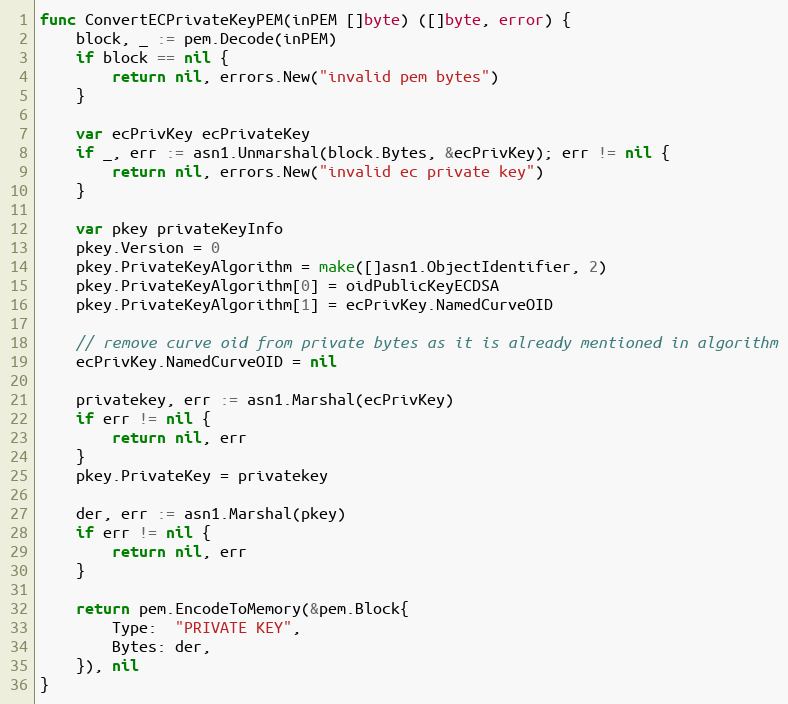
Language: Go
func ConvertECPrivateKeyPEM(inPEM []byte) ([]byte, error) {
	block, _ := pem.Decode(inPEM)
	if block == nil {
		return nil, errors.New("invalid pem bytes")
	}

	var ecPrivKey ecPrivateKey
	if _, err := asn1.Unmarshal(block.Bytes, &ecPrivKey); err != nil {
		return nil, errors.New("invalid ec private key")
	}

	var pkey privateKeyInfo
	pkey.Version = 0
	pkey.PrivateKeyAlgorithm = make([]asn1.ObjectIdentifier, 2)
	pkey.PrivateKeyAlgorithm[0] = oidPublicKeyECDSA
	pkey.PrivateKeyAlgorithm[1] = ecPrivKey.NamedCurveOID

	// remove curve oid from private bytes as it is already mentioned in algorithm
	ecPrivKey.NamedCurveOID = nil

	privatekey, err := asn1.Marshal(ecPrivKey)
	if err != nil {
		return nil, err
	}
	pkey.PrivateKey = privatekey

	der, err := asn1.Marshal(pkey)
	if err != nil {
		return nil, err
	}

	return pem.EncodeToMemory(&pem.Block{
		Type:  "PRIVATE KEY",
		Bytes: der,
	}), nil
}